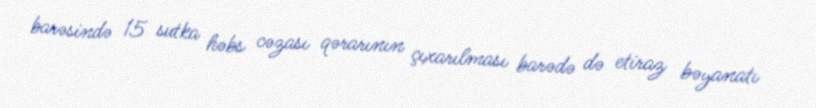
barəsində 15 sutka həbs cəzası qərarının çıxarılması barədə də etiraz bəyanatı